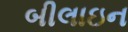
બીલાઇન